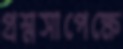
প্রশ্নসাপেক্ষে